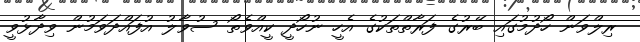
ރިލްވަން ހޯދުމުގައި ބޭރުގެ ފަރާތްތަކުގެ އެހީ ނުހޯދީ ކީއްވެތޯ ސުވާލު އުފައްދަވަމުން ވިދާޅުވީ